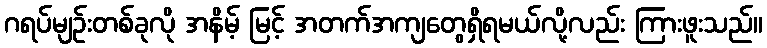
ဂရပ်မျဉ်းတစ်ခုလို အနိမ့် မြင့် အတက်အကျတွေရှိရမယ်လို့လည်း ကြားဖူးသည်။